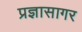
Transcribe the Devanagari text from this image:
प्रज्ञासागर